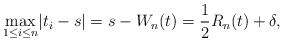
LaTeX: \begin{gather*}\underset{1\leq i\leq n} \max|t_i - s| = s -W_n(t) =\frac{1}{2}R_n(t) + \delta,\end{gather*}